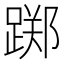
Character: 踯